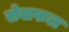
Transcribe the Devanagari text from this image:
सेवाफल